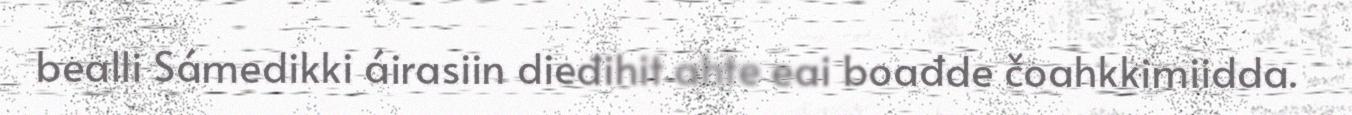
bealli Sámedikki áirasiin dieđihit ahte eai boađde čoahkkimiidda.